38_143685_box_Incident_Summaries_173-233
Agency: Department of War
Page 137
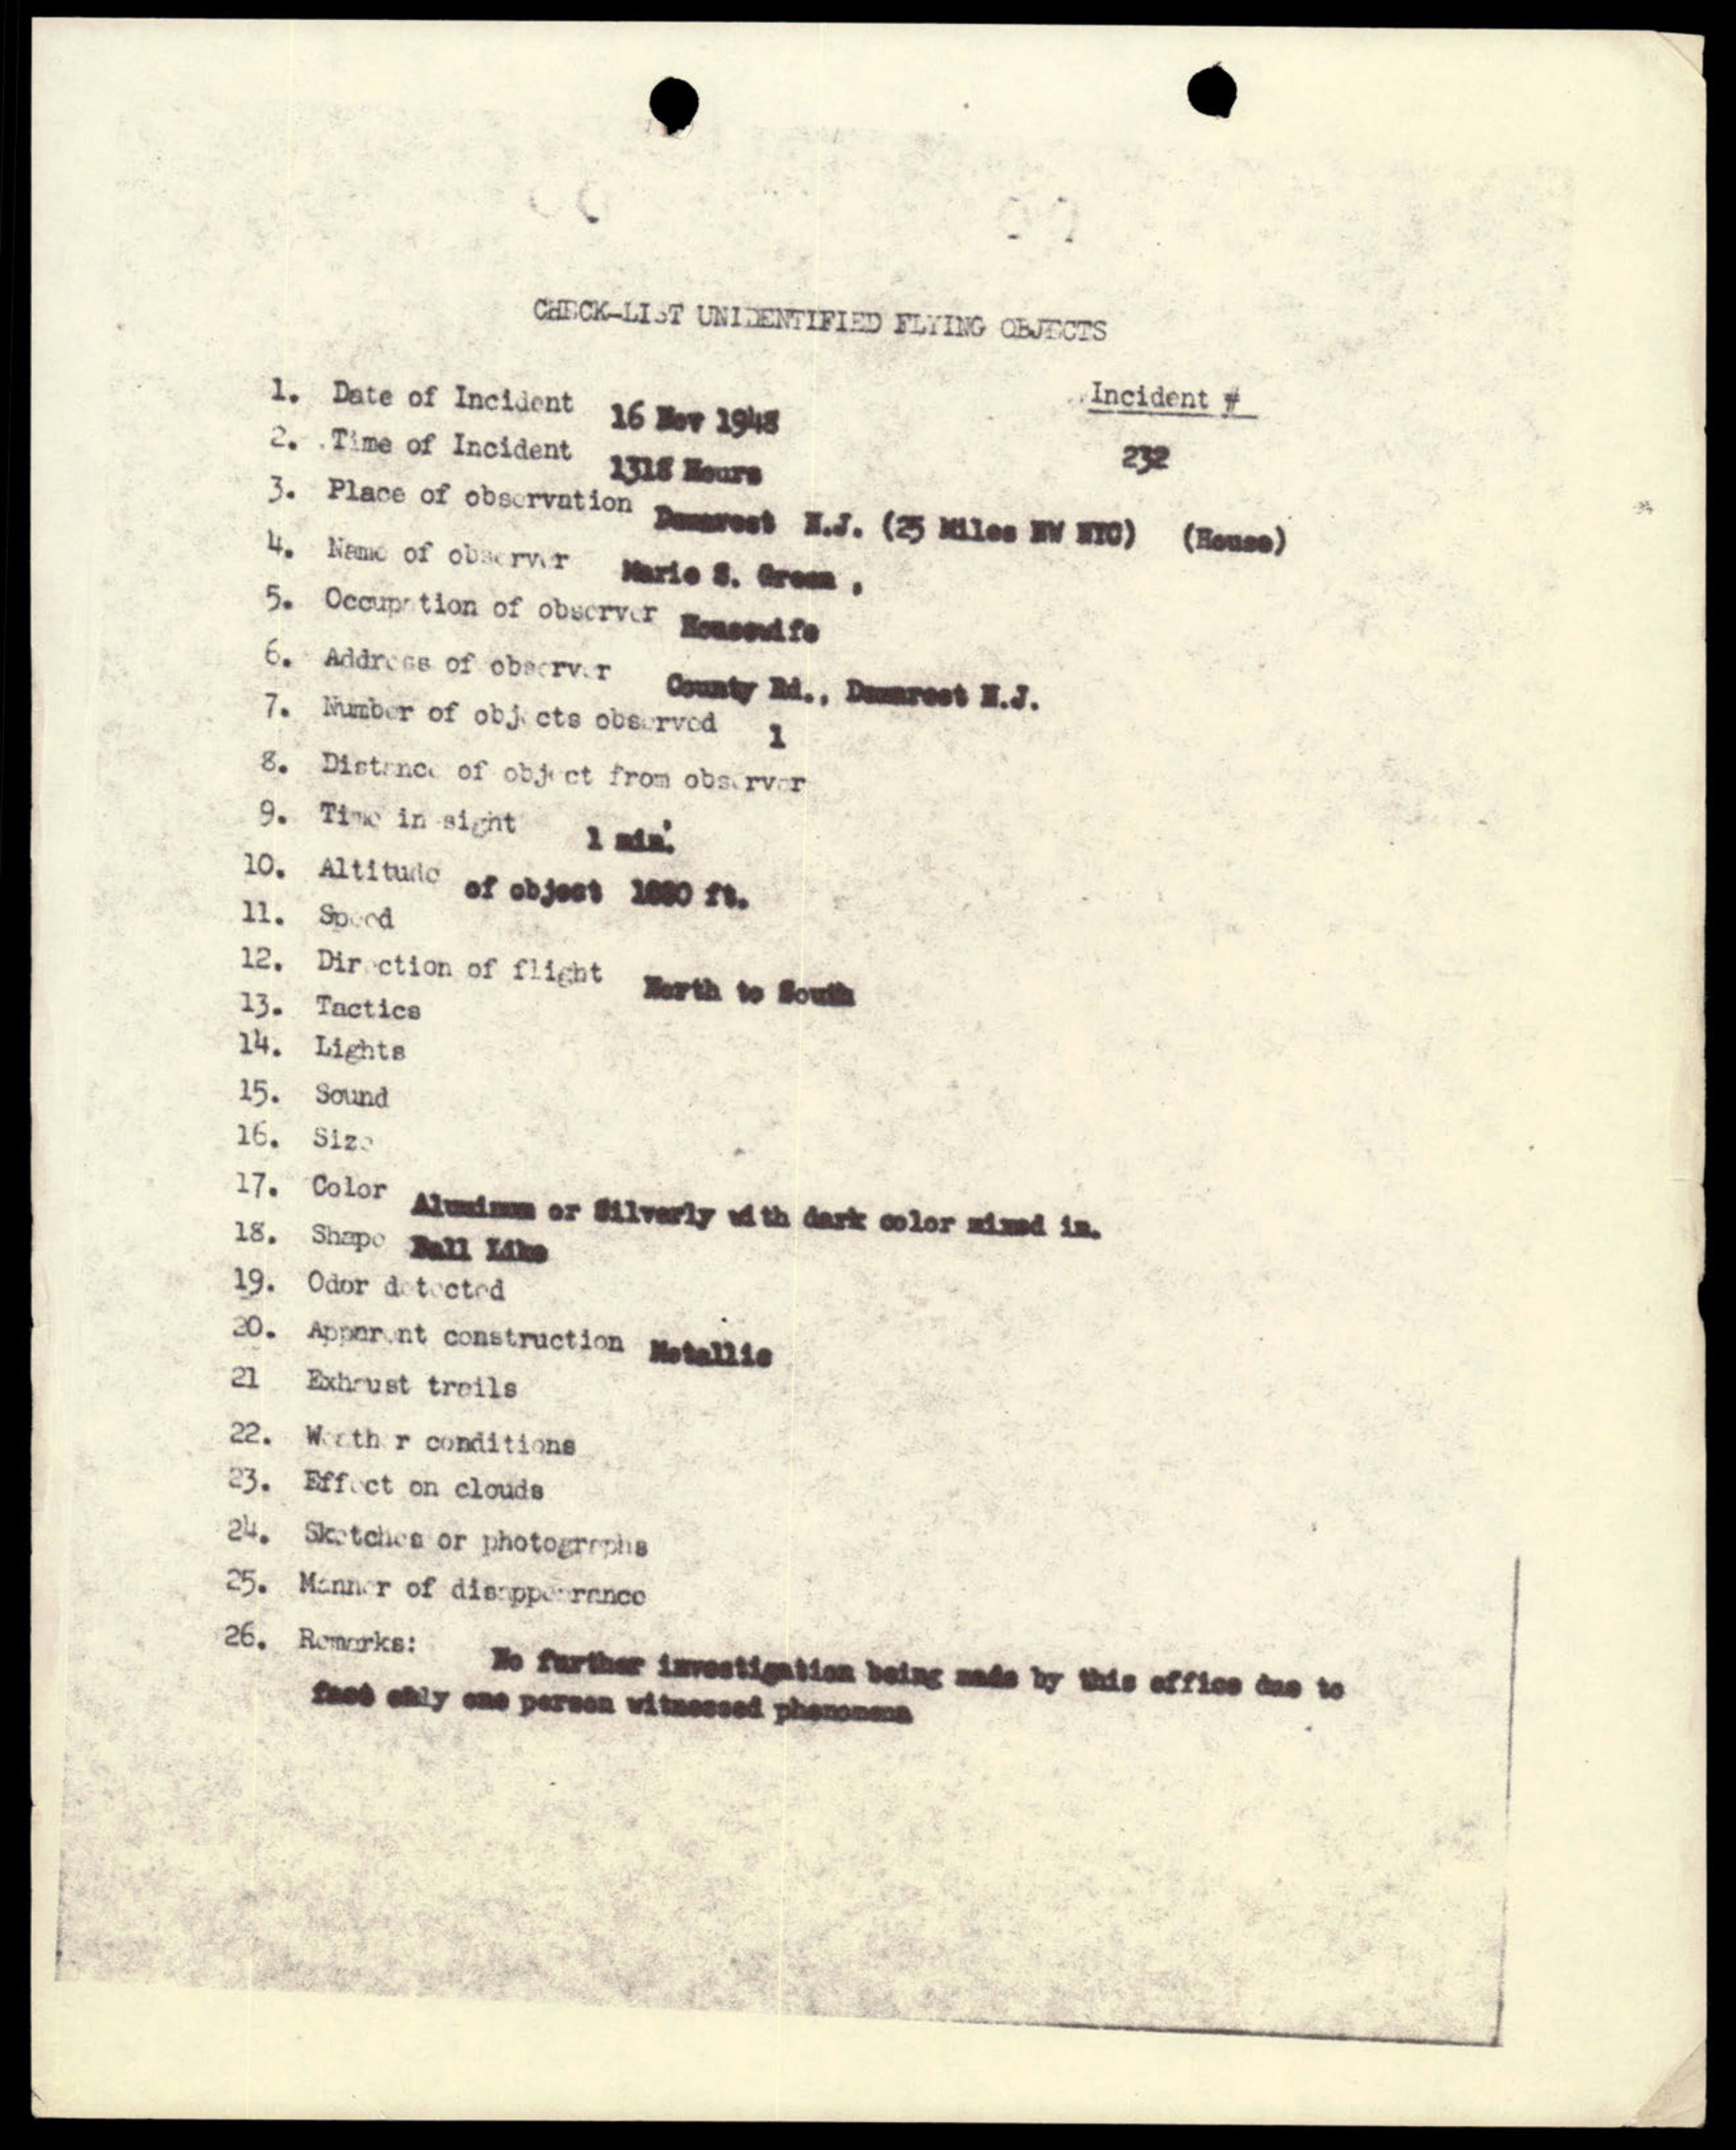